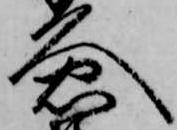
久